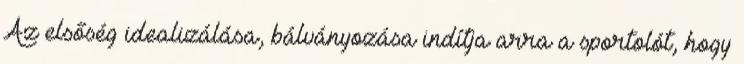
Az elsőség idealizálása, bálványozása indítja arra a sportolót, hogy